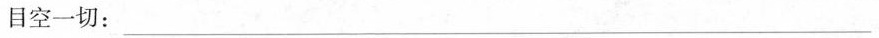
目空一切：___